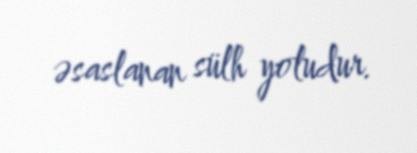
əsaslanan sülh yoludur.